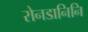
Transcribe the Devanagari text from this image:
रोनडानिनि